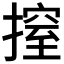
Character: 𢲼